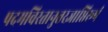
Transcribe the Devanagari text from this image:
पदमविरतानुत्तरज्ञाप्तिरूपं